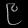
Digit: ၉